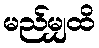
မည်မျှထိ